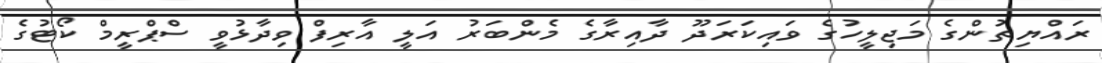
ރައްޔިތުންގެ މަޖިލީހުގެ ވައިކަރަދޫ ދާއިރާގެ މެންބަރު އަލީ އާރިފް ވިދާޅުވީ ސްޕްރީމް ކޯޓުގެ